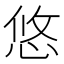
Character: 悠